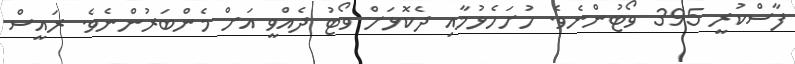
ފާސްކުރީ 395 ވޯޓުންނެވެ. ހުށަހެޅުމާއި ދެކޮޅަށް ވޯޓު ދެއްވީ އަށް މެންބަރުންނެވެ. ރައީސް